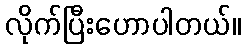
လိုက်ပြီးဟောပါတယ်။